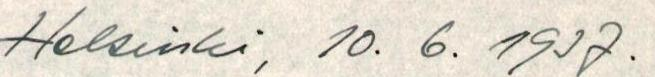
Helsinki, 10. 6. 1937.